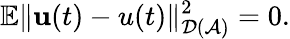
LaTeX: \mathbb{E}\Vert\textbf{u}(t)-u(t)\Vert_{\mathcal{D}(\mathcal{A})}^{2}=0.